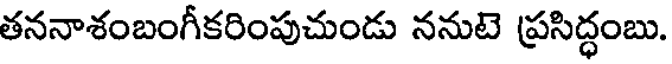
తననాశంబంగీకరింపుచుండు ననుటె ప్రసిద్ధంబు.